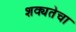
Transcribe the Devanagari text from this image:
शक्यतेचा